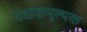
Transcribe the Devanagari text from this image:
पदांशमूल्यक